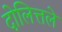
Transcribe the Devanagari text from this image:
दोलित्तले